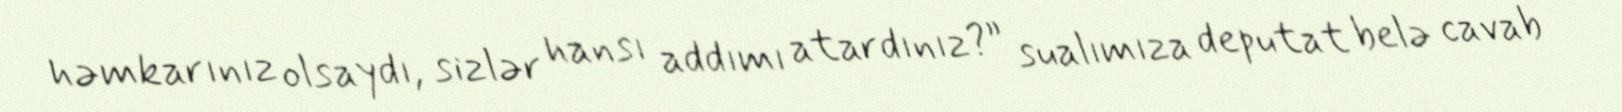
həmkarınız olsaydı, sizlər hansı addımı atardınız?” sualımıza deputat belə cavab